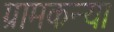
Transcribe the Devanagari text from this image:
ग्रामकन्या